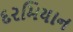
દરમિયાન